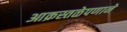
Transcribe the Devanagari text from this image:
आक्रस्तळेपणाने